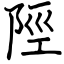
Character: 陘